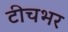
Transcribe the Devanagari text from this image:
टीचभर